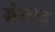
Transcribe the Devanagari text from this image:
भ्रंशाद्